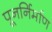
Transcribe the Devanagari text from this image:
पूनर्निर्माण